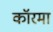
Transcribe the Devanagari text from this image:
कॉरमा